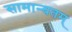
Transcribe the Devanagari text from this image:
सामान्यतम्